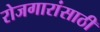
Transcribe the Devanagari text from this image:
रोजगारांसाठी